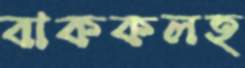
বাককলহ